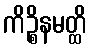
ကိဉ္စိနမတ္ထိ